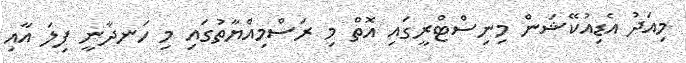
މިއަދު އެޑިއުކޭޝަން މިނިސްޓްރީގައި އޮތް މި ރަސްމިއްޔާތުގައި މި ހަނދާނީ ފިލަ އާއި